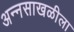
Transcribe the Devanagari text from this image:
अन्नसाखळीला